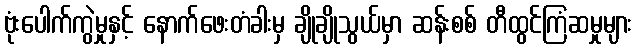
ဗုံးပေါက်ကွဲမှုနှင့် နောက်ဖေးတံခါးမှ ချိုချိုသွယ်မှာ ဆန်းစစ် တီထွင်ကြံဆမှုများ